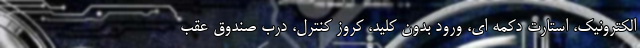
الکترونیک، استارت دکمه ای، ورود بدون کلید، کروز کنترل، درب صندوق عقب